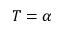
T = \alpha